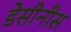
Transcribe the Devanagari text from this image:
डेसीनीस